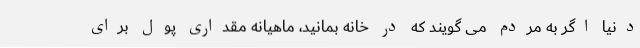
دنیا اگر به مردم می گویند که در خانه بمانید، ماهیانه مقداری پول برای